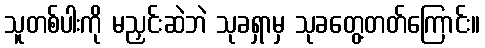
သူတစ်ပါးကို မညှင်းဆဲဘဲ သုခရှာမှ သုခတွေ့တတ်ကြောင်း။